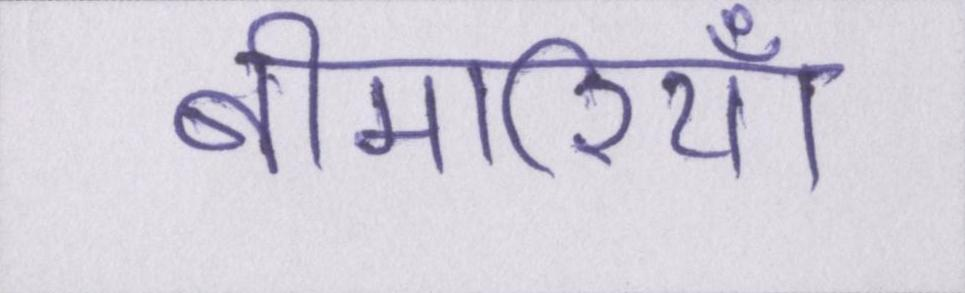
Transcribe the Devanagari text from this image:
बीमारियाँ